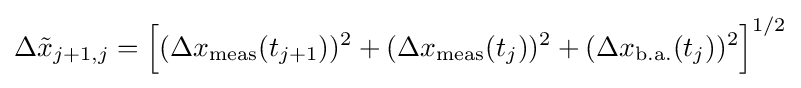
\Delta {\tilde {x}}_{j+1,j}={\Bigl [}(\Delta x_{\rm {meas}}(t_{j+1}))^{2}+(\Delta x_{\rm {meas}}(t_{j}))^{2}+(\Delta x_{\rm {b.a.}}(t_{j}))^{2}{\Bigr ]}^{1/2}